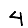
Digit: 4